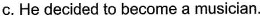
c.He decided to become a musician.